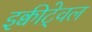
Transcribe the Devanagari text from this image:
इक्वीटे्वल